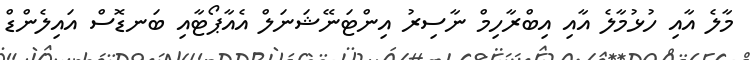
މާލެ އާއި ހުޅުމާލެ އާއި އިބްރާހިމް ނާސިރު އިންޓަނޭޝަނަލް އެއާޕޯޓާއި ބަނޑޮސް އައިލެންޑް